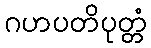
ဂဟပတိပုတ္တံ